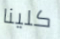
كلينا